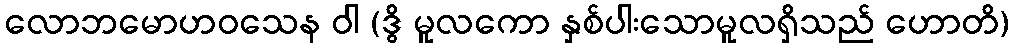
လောဘမောဟဝသေန ဝါ (ဒွိ မူလကော နှစ်ပါးသောမူလရှိသည် ဟောတိ)